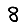
Digit: 8